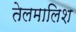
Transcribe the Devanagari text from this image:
तेलमालिश